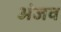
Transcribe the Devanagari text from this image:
अंजव